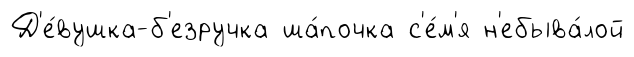
Д'е́вушка-б'езручка ша́почка с'е́м'я н'ебыва́лой